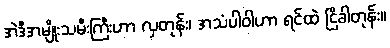
အဲဒီအမျိုးသမီးကြီးဟာ လှတုန်း၊ အသံပါဝါဟာ ရင်ထဲ ငြိခါတုန်း။